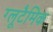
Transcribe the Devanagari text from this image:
ग्लूटैमिक